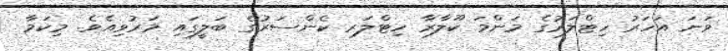
ވަނަ އަހަރު ހިޓްލަރުގެ މަންމަ ކޫލާރާ ހިޓްލަރ ކެންސަރުގެ ބަލީގައި މަރުވިއެވެ. މިކަމާ